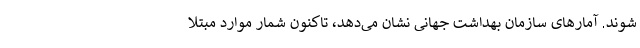
شوند. آمارهای سازمان بهداشت جهانی نشان می‌دهد، تاکنون شمار موارد مبتلا